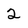
Character: 2